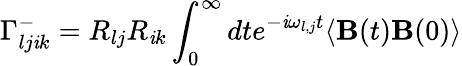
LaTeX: \Gamma_{lj\mathit{i}k}^{-}=R_{lj}R_{\mathit{i}k}\int_{0}^{\infty}dte^{-\mathit{i}\omega_{l,j}t}\langle\mathbf{B}(t)\mathbf{B}(0)\rangle